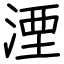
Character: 湮